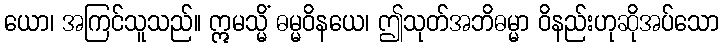
ယော၊ အကြင်သူသည်။ ဣမသ္မိံ ဓမ္မဝိနယေ၊ ဤသုတ်အဘိဓမ္မာ ဝိနည်းဟုဆိုအပ်သော